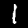
Digit: 1